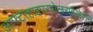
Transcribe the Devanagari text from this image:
आफ्टरहाइपरपोलराईज़ेशन